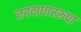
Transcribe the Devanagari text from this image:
जगदाधाररूपा